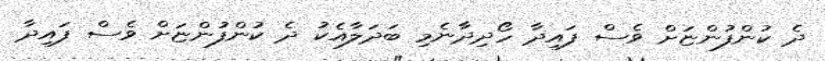
ދެ ކުންފުންޏަށް ވެސް ފައިދާ ހޯދިދާނެމި ބަދަލާއެކު ދެ ކުންފުންޏަށް ވެސް ފައިދާ